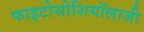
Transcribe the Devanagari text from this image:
फाइटोसोशियॉलाजी